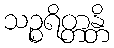
သဉ္စရိတ္တန္တိ